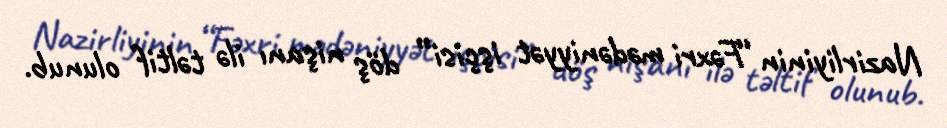
Nazirliyinin “Fəxri mədəniyyət işçisi” döş nişanı ilə təltif olunub.